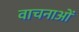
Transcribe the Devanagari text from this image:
वाचनाओं